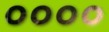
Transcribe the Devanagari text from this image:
००००